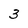
Character: 3